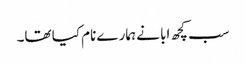
سب کچھ ابا نے ہمارے نام کیا تھا۔